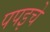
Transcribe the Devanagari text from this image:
पपइचे